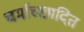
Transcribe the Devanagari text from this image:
चर्माच्छादित